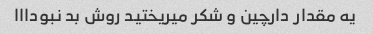
یه مقدار دارچین و شکر میریختید روش بد نبودااا